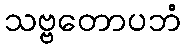
သဗ္ဗတောပဘံ